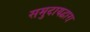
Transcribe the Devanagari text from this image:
समुदायद्वारा